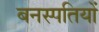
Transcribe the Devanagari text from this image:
बनस्पतियों